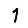
Digit: 1